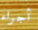
أجراء